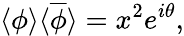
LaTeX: \langle\phi\rangle\langle{\overline{{\phi}}}\rangle=x^{2}e^{i\theta},